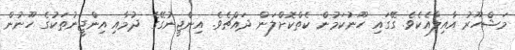
މަޝްހޫރު އާއިލާއެކެވެ. ގޭގައި ހޫނުކަމުން ކެތްކޮށްލަން ދައްޗެވެ. އިންޖީނުގޭގެ ދުމާއި އިންޖީނުތަކުގެ ހޫނުން